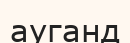
ауганд